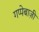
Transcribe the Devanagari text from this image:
गप्पेबाज़ी